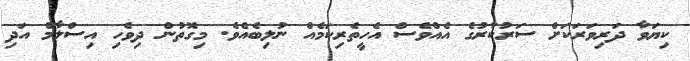
ކިޔަވާ ދަރިވަރަކަށް ސަރުކާރުގެ އެއްވެސް އެހީތެރިކަމެއް ނުލިބެއެވެ. މިގޮތުން ދިވެހި އިސްލާމް އަދި